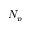
N _ { p }